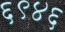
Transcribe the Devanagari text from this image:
६९४६